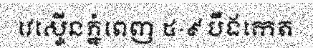
វេស្ទើនភ្នំពេញ ៥-៩ បឹងកេត